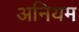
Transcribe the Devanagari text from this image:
अनियम